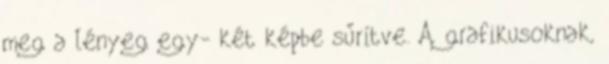
meg a lényeg egy- két képbe sűrítve. A grafikusoknak,